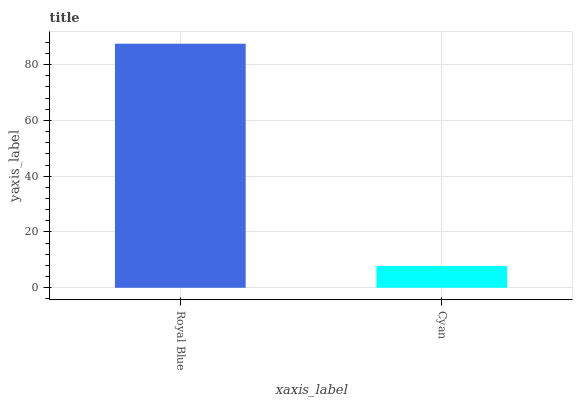
| xaxis_label | bars |
 | --- | --- |
 | Royal Blue | 87.5 |
 | Cyan | 7.83 |